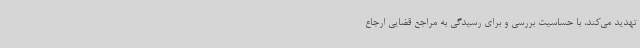
تهدید می‌کند، با حساسیت بررسی و برای رسیدگی به مراجع قضایی ارجاع